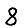
Digit: 8